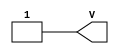
// This program was cloned from: https://github.com/ieee-ceda-datc/RDF-2019
// License: MIT License

/*
 *  yosys -- Yosys Open SYnthesis Suite
 *
 *  Copyright (C) 2012  Clifford Wolf <clifford@clifford.at>
 *
 *  Permission to use, copy, modify, and/or distribute this software for any
 *  purpose with or without fee is hereby granted, provided that the above
 *  copyright notice and this permission notice appear in all copies.
 *
 *  THE SOFTWARE IS PROVIDED "AS IS" AND THE AUTHOR DISCLAIMS ALL WARRANTIES
 *  WITH REGARD TO THIS SOFTWARE INCLUDING ALL IMPLIED WARRANTIES OF
 *  MERCHANTABILITY AND FITNESS. IN NO EVENT SHALL THE AUTHOR BE LIABLE FOR
 *  ANY SPECIAL, DIRECT, INDIRECT, OR CONSEQUENTIAL DAMAGES OR ANY DAMAGES
 *  WHATSOEVER RESULTING FROM LOSS OF USE, DATA OR PROFITS, WHETHER IN AN
 *  ACTION OF CONTRACT, NEGLIGENCE OR OTHER TORTIOUS ACTION, ARISING OUT OF
 *  OR IN CONNECTION WITH THE USE OR PERFORMANCE OF THIS SOFTWARE.
 *
 */
module VCC (output V);
   assign V = 1'b1;
endmodule // VCC

module GND (output G);
   assign G = 1'b0;
endmodule // GND

/* Altera Cyclone V devices Input Buffer Primitive */
module cyclonev_io_ibuf
  (output o, input i, input ibar);
   assign ibar = ibar;
   assign o    = i;
endmodule // cyclonev_io_ibuf

/* Altera Cyclone V devices Output Buffer Primitive */
module cyclonev_io_obuf
  (output o, input i, input oe);
   assign o  = i;
   assign oe = oe;
endmodule // cyclonev_io_obuf

/* Altera Cyclone V LUT Primitive */
module cyclonev_lcell_comb
  (output combout, cout, sumout, shareout,
   input dataa, datab, datac, datad,
   input datae, dataf, datag, cin,
   input sharein);

   parameter lut_mask      = 64'hFFFFFFFFFFFFFFFF;
   parameter dont_touch    = "off";
   parameter lpm_type      = "cyclonev_lcell_comb";
   parameter shared_arith  = "off";
   parameter extended_lut  = "off";

   // Internal variables
   // Sub mask for fragmented LUTs
   wire [15:0] mask_a, mask_b, mask_c, mask_d;
   // Independent output for fragmented LUTs
   wire        output_0, output_1, output_2, output_3;
   // Extended mode uses mux to define the output
   wire        mux_0, mux_1;
   // Input for hold the shared LUT mode value
   wire        shared_lut_alm;

   // Simulation model of 4-input LUT
   function lut4;
      input [15:0] mask;
      input        dataa, datab, datac, datad;
      reg [7:0]    s3;
      reg [3:0]    s2;
      reg [1:0]    s1;
      begin
         s3   = datad ? mask[15:8] : mask[7:0];
         s2   = datac ?   s3[7:4]  :   s3[3:0];
         s1   = datab ?   s2[3:2]  :   s2[1:0];
         lut4 = dataa ? s1[1] : s1[0];
      end
   endfunction // lut4

   // Simulation model of 5-input LUT
   function lut5;
      input [31:0] mask; // wp-01003.pdf, page 3: "a 5-LUT can be built with two 4-LUTs and a multiplexer.
      input        dataa, datab, datac, datad, datae;
      reg          upper_lut_value;
      reg          lower_lut_value;
      begin
         upper_lut_value = lut4(mask[31:16], dataa, datab, datac, datad);
         lower_lut_value = lut4(mask[15:0], dataa, datab, datac, datad);
         lut5            = (datae) ? upper_lut_value : lower_lut_value;
      end
   endfunction // lut5

   // Simulation model of 6-input LUT
   function lut6;
      input [63:0] mask;
      input        dataa, datab, datac, datad, datae, dataf;
      reg          upper_lut_value;
      reg          lower_lut_value;
      reg          out_0, out_1, out_2, out_3;
      begin
         upper_lut_value = lut5(mask[63:32], dataa, datab, datac, datad, datae);
         lower_lut_value = lut5(mask[31:0], dataa, datab, datac, datad, datae);
         lut6            = (dataf) ?  upper_lut_value : lower_lut_value;
      end
   endfunction // lut6

   assign {mask_a, mask_b, mask_c, mask_d} = {lut_mask[15:0], lut_mask[31:16], lut_mask[47:32], lut_mask[63:48]};
`ifdef ADVANCED_ALM
   always @(*) begin
      if(extended_lut == "on")
        shared_lut_alm = datag;
      else
        shared_lut_alm = datac;
      // Build the ALM behaviour
      out_0 = lut4(mask_a, dataa, datab, datac, datad);
      out_1 = lut4(mask_b, dataa, datab, shared_lut_alm, datad);
      out_2 = lut4(mask_c, dataa, datab, datac, datad);
      out_3 = lut4(mask_d, dataa, datab, shared_lut_alm, datad);
   end
`else
   `ifdef DEBUG
       initial $display("Advanced ALM lut combine is not implemented yet");
   `endif
`endif
endmodule // cyclonev_lcell_comb


/* Altera D Flip-Flop Primitive */
module dffeas
  (output q,
   input d, clk, clrn, prn, ena,
   input asdata, aload, sclr, sload);

   // Timing simulation is not covered
   parameter power_up="dontcare";
   parameter is_wysiwyg="false";

   reg   q_tmp;
   wire  reset;
   reg [7:0] debug_net;

   assign reset       = (prn && sclr && ~clrn && ena);
   assign q           = q_tmp & 1'b1;

   always @(posedge clk, posedge aload) begin
      if(reset)        q_tmp <= 0;
      else q_tmp <= d;
   end
   assign q = q_tmp;

endmodule // dffeas